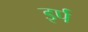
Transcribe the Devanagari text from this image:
इर्प